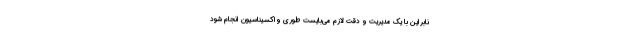
نابراین با یک مدیریت و دقت لازم می‌بایست طوری واکسیناسیون انجام شود